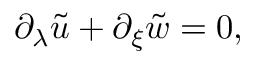
\partial _ { \lambda } \tilde { u } + \partial _ { \xi } \tilde { w } = 0 ,